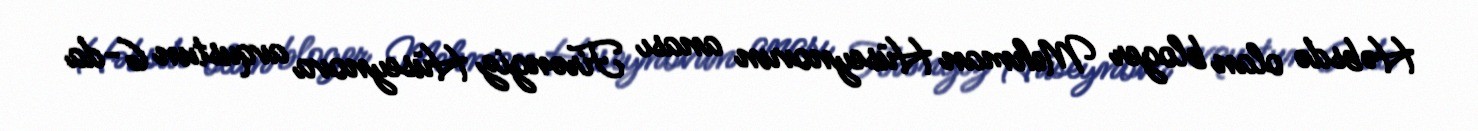
Həbsdə olan bloger Mehman Hüseynovun anası Firəngiz Hüseynova avqustun 6-da